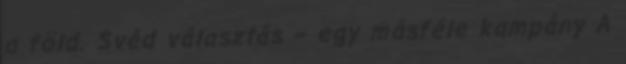
a föld. Svéd választás – egy másféle kampány A